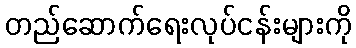
တည်ဆောက်ရေးလုပ်ငန်းများကို